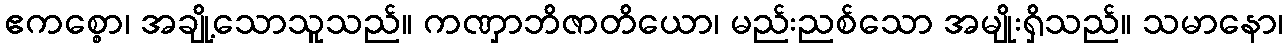
ဧကစ္စော၊ အချို့သောသူသည်။ ကဏှာဘိဇာတိယော၊ မည်းညစ်သော အမျိုးရှိသည်။ သမာနော၊